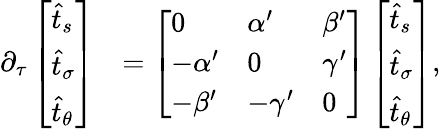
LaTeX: \begin{array}{rl}{\partial_{\tau}\left[\begin{array}{l}{\widehat{t}_{s}}\\ {\widehat{t}_{\sigma}}\\ {\widehat{t}_{\theta}}\end{array}\right]}&{=\left[\begin{array}{lll}{0}&{\alpha^{\prime}}&{\beta^{\prime}}\\ {-\alpha^{\prime}}&{0}&{\gamma^{\prime}}\\ {-\beta^{\prime}}&{-\gamma^{\prime}}&{0}\end{array}\right]\left[\begin{array}{l}{\widehat{t}_{s}}\\ {\widehat{t}_{\sigma}}\\ {\widehat{t}_{\theta}}\end{array}\right],}\end{array}